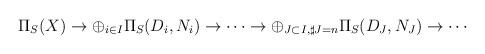
LaTeX: \begin{align*}\Pi_S(X) \rightarrow \oplus_{i \in I} \Pi_S(D_i,N_i)\rightarrow \cdots \rightarrow \oplus_{J \subset I, \sharp J=n} \Pi_S(D_J,N_J) \rightarrow \cdots\end{align*}